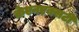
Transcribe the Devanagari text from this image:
केएनएक्सटी